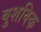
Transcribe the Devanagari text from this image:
बुशविक